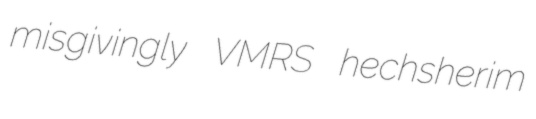
misgivingly VMRS hechsherim